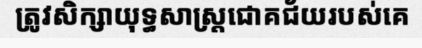
ត្រូវសិក្សាយុទ្ធសាស្ត្រជោគជ័យរបស់គេ